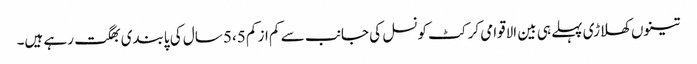
تینوں کھلاڑی پہلے ہی بین الاقوامی کرکٹ کونسل کی جانب سے کم از کم 5،5 سال کی پابندی بھگت رہے ہیں۔